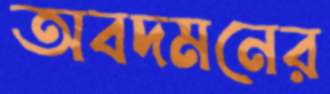
অবদমনের